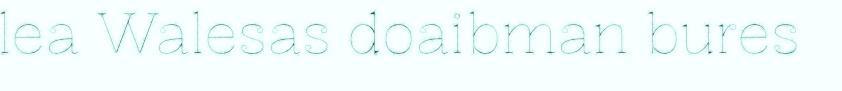
lea Walesas doaibman bures